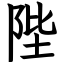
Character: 陛